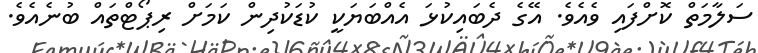
ސަލާމަތް ކޮށްފައި ވެއެވެ. އޭގެ ދެބައިކުޅަ އެއްބަޔަކީ ކުޑަކުދިން ކަމަށް ރިޕޯޓްތައް ބުނެއެވެ.